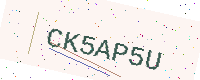
Text: CK5AP5U